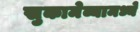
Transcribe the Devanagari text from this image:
सुकामेव्यामध्ये